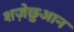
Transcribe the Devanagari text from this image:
शज़ेछुआन